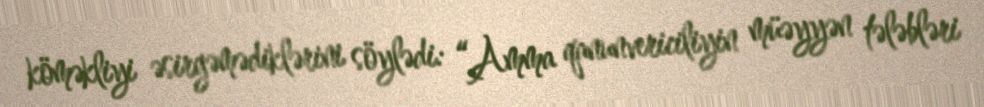
köməkliyi əsirgəmədiklərini söylədi: “Amma qanunvericiliyin müəyyən tələbləri